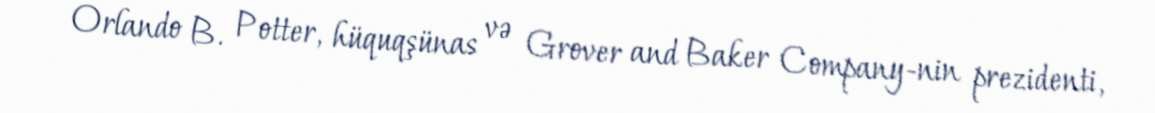
Orlando B. Potter, hüquqşünas və Grover and Baker Company-nin prezidenti,